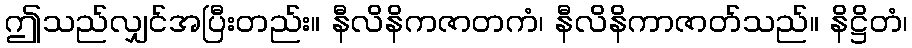
ဤသည်လျှင်အပြီးတည်း။ နီလိနိကဇာတကံ၊ နီလိနိကာဇာတ်သည်။ နိဋ္ဌိတံ၊